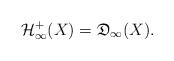
LaTeX: \begin{align*}\mathcal{H}^+_\infty(X) =\mathfrak{D}_\infty(X).\end{align*}